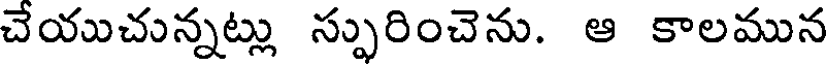
చేయుచున్నట్లు స్పురించెను. ఆ కాలమున